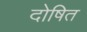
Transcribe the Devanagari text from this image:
दोषित